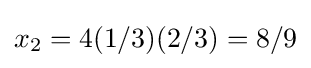
x_{2}=4(1/3)(2/3)=8/9